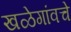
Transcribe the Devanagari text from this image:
खळेगांवचे